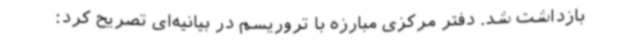
بازداشت شد. دفتر مرکزی مبارزه با تروریسم در بیانیه‌ای تصریح کرد: